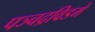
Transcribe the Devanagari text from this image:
पञ्चद्रविडमे